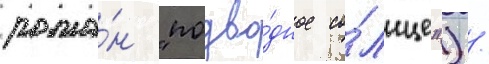
рома́н "подво́дное со́лнце") /